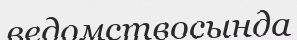
ведомствосында